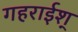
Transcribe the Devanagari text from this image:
गहराईश्